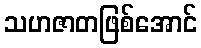
သဟဇာတဖြစ်အောင်